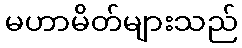
မဟာမိတ်များသည်